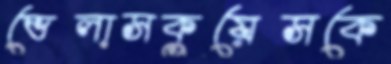
ভেলাসকুয়েসকে